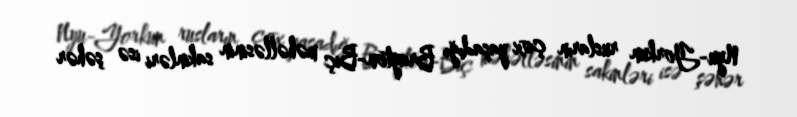
Nyu-Yorkun rusların çox yaşadığı Brayton-Biç məhəlləsinin sakinləri isə şəhər